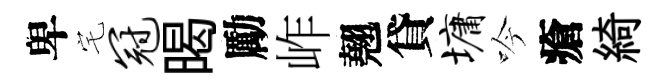
卑宅冠暍勵岞翹貸墉吟瘡綺